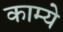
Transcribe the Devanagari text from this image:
काम्ये